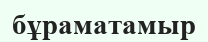
бұраматамыр